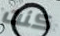
كنت